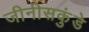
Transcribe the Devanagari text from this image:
जीनीसकुंडे